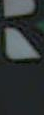
"